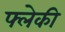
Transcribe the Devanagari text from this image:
फ्लेकी